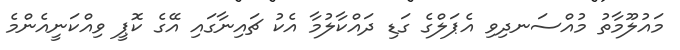
މައުލޫމާތު މުއްސަނދިވި އެޕަލްގެ ގަޑި ދައްކާލުމާ އެކު ޗައިނާގައި އޭގެ ކޮޕީ ވިއްކަނީއެންމެ